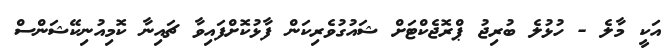
އަކީ މާލެ - ހުޅުލެ ބުރިޖު ޕްރޮޖެކްޓަށް ޝައުގުވެރިކަން ފާޅުކޮށްފައިވާ ޗައިނާ ކޮމިއުނިކޭޝަންސް